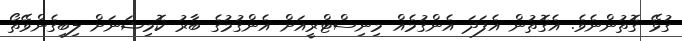
ގުޅޭ ގޮތުންނެވެ. އެގޮތުން އެފަދަ އެންގުމެއް މިނިސްޓްރީއަށް އެންގުމުގެ ބާރު ކޮމިޝަނަށް ލިބިގެންވޭތޯ